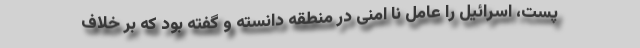
پست، اسرائیل را عامل نا امنی در منطقه دانسته و گفته بود که بر خلاف